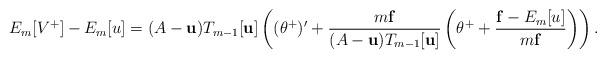
LaTeX: \begin{align*}E_m[V^+]-E_m[u]=(A-\bold u)T_{m-1}[\bold u]\left((\theta^+)^\prime+\frac{m\bold f}{(A-\bold u)T_{m-1}[\bold u]}\left(\theta^++\frac{\bold f-E_m[u]}{m\bold f}\right)\right).\end{align*}